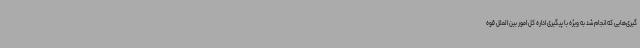
گیری‌هایی که انجام شد به ویژه با پیگیری اداره کل امور بین الملل قوه